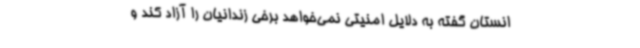
انستان گفته به دلایل امنیتی نمی‌خواهد برخی زندانیان را آزاد کند و